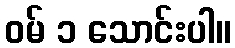
ဝမ် ၁ သောင်းပါ။